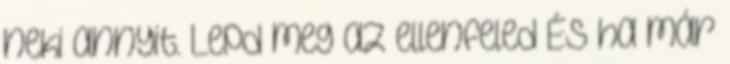
neki annyit. Lepd meg az ellenfeled És ha már